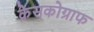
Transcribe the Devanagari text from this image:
क्रेसकोग्राफ